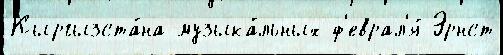
Кыргызста́на музыка́льных ф'еврал'я́ Эрнст